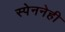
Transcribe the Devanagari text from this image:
स्पेननेही